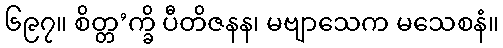
၆၉၇။ စိတ္တ’က္ခိ ပီတိဇနန၊ မဗျာသေက မသေစနံ။